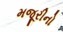
મજૂરીનો